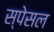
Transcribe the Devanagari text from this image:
स्पेसल